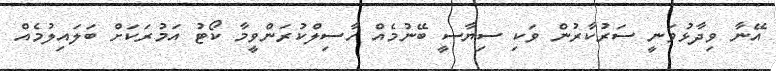
އޭނާ ވިދާޅުވަނީ ސަރުކާރުން ވަކި ސިޔާސީ ބޭނުމެއް ހާސިލްކުރަންވީމާ ކޯޓު އަމުރަކަށް ބަލައިލުމެއް